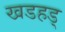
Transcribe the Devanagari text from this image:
खडहड्